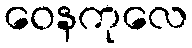
ဝေနကုလေ